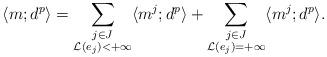
LaTeX: \begin{align*}\langle m; d^p\rangle = \sum_{\substack{j\in J \\ \mathcal{L}(e_j) < +\infty}}\langle m^{j}; d^p\rangle + \sum_{\substack{j\in J \\ \mathcal{L}(e_j) = +\infty}}\langle m^{j}; d^p\rangle.\end{align*}